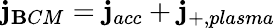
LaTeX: \mathbf{j}_{\mathbf{B}CM}=\mathbf{j}_{acc}+\mathbf{j}_{+,plasma}